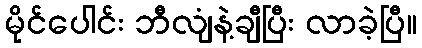
မိုင်ပေါင်း ဘီလျံနဲ့ချီပြီး လာခဲ့ပြီ။